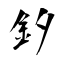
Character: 釸